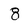
Character: 8